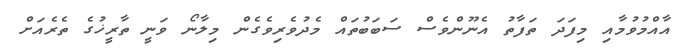
އާއްމުވުމާއި މިފަދަ ތަފާތު އެނޫންވެސް ސަބަބުތައް މެދުވެރިވެގެން މިލާނޯ ވަނީ ތާރީޚުގެ ތެރެއަށް